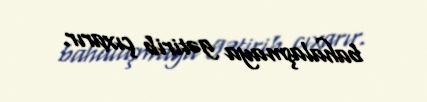
bahalaşmaya gətirib çıxarır.